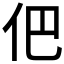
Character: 𠇕